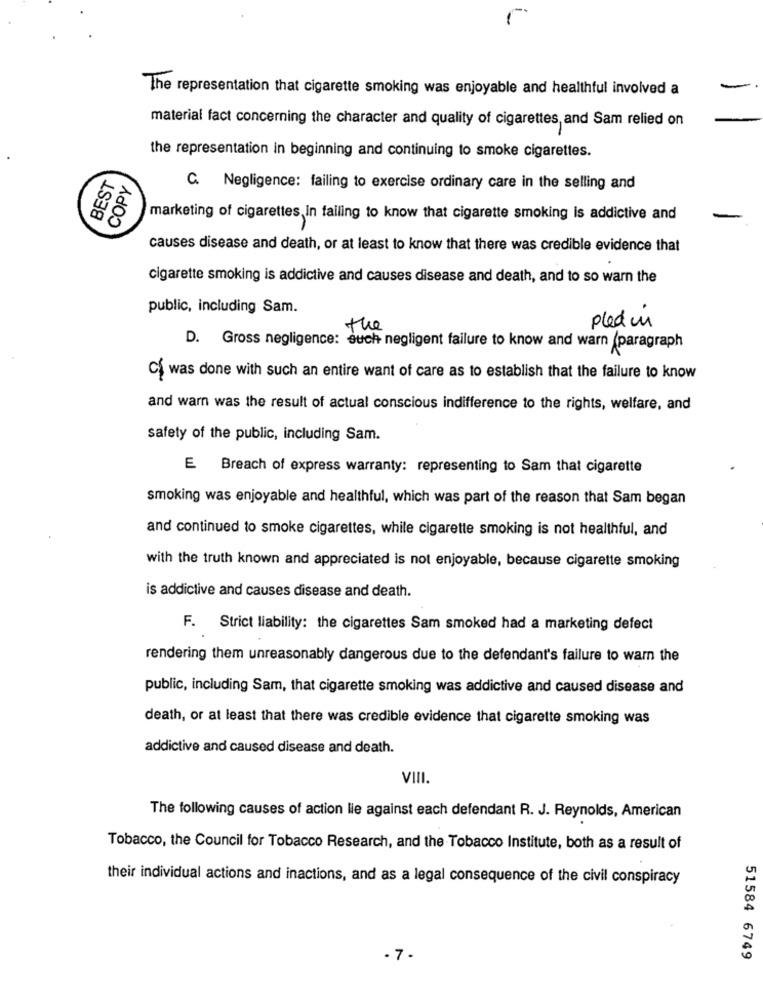
The representation that cigarette smoking was enjoyable and healthful involved a
material fact concerning the character and quality of cigarettes, and Sam relied on
the representation in beginning and continuing to smoke cigarettes.
BEST
COPY
C. Negligence: failing to exercise ordinary care in the selling and
marketing of cigarettes In failing to know that cigarette smoking is addictive and
causes disease and death, or at least to know that there was credible evidence that
cigarette smoking is addictive and causes disease and death, and to so warn the
public, including Sam.
the
pled un
D. Gross negligence: euch negligent failure to know and warn (paragraph
Cf was done with such an entire want of care as to establish that the failure to know
and warn was the result of actual conscious indifference to the rights, welfare, and
safety of the public, including Sam.
E Breach of express warranty: representing to Sam that cigarette
smoking was enjoyable and healthful, which was part of the reason that Sam began
and continued to smoke cigarettes, while cigarette smoking is not healthful, and
with the truth known and appreciated is not enjoyable, because cigarette smoking
is addictive and causes disease and death.
F. Strict liability: the cigarettes Sam smoked had a marketing defect
rendering them unreasonably dangerous due to the defendant's failure to warn the
public, including Sam, that cigarette smoking was addictive and caused disease and
death, or at least that there was credible evidence that cigarette smoking was
addictive and caused disease and death.
VIII.
The following causes of action lie against each defendant R. J. Reynolds, American
Tobacco, the Council for Tobacco Research, and the Tobacco Institute, both as a result of
their individual actions and inactions, and as a legal consequence of the civil conspiracy
- 7.
51584 6749